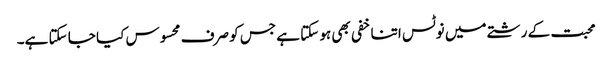
محبت کے رشتے میں نوٹس اتنا خفی بھی ہو سکتا ہے جس کو صرف محسوس کیا جا سکتا ہے۔